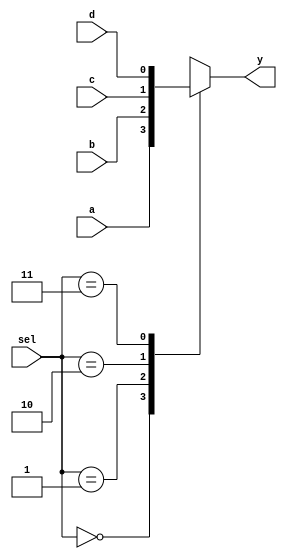
// Multiplexer - Four inputs, one output.

module mux_4x1_behavioral(
    input       a, b, c, d,      // 4 Inputs
    input       [1:0] sel,       // Select
    output reg  y);              // 1 Output

    // ALWAYS BLOCK with NON-BLOCKING PROCEDURAL ASSIGNMENT STATEMENT
    always @ ( * ) begin
        case(sel)
            2'b00 : y <= a;
            2'b01 : y <= b;
            2'b10 : y <= c;
            2'b11 : y <= d;
        endcase
    end

endmodule